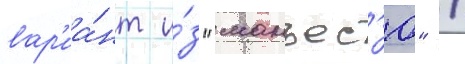
вар'иа́нт и́з "манъес'ю" /